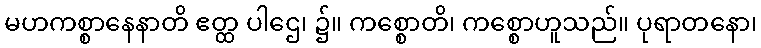
မဟကစ္စာနေနာတိ ဧတ္ထ ပါဌေ၊ ၌။ ကစ္စောတိ၊ ကစ္စောဟူသည်။ ပုရာတနော၊